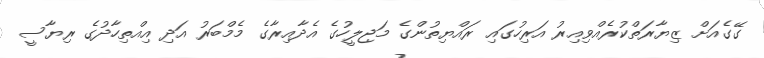
ގޭގެއަށް ޒިޔާރަތްކުރެއްވިއިރު އަރިހުގައި ރައްޔިތުންގެ މަޖިލީހުގެ އެދާއިރާގެ މެމްބަރު އަދި އިއްތިހާދުގެ ރިޔާސީ